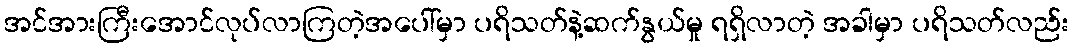
အင်အားကြီးအောင်လုပ်လာကြတဲ့အပေါ်မှာ ပရိသတ်နဲ့ဆက်နွယ်မှု ရရှိလာတဲ့ အခါမှာ ပရိသတ်လည်း